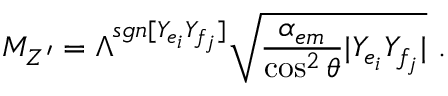
M _ { Z ^ { \prime } } = \Lambda ^ { s g n [ Y _ { e _ { i } } Y _ { f _ { j } } ] } \sqrt { \frac { \alpha _ { e m } } { \cos ^ { 2 } \theta } | Y _ { e _ { i } } Y _ { f _ { j } } | } \ .